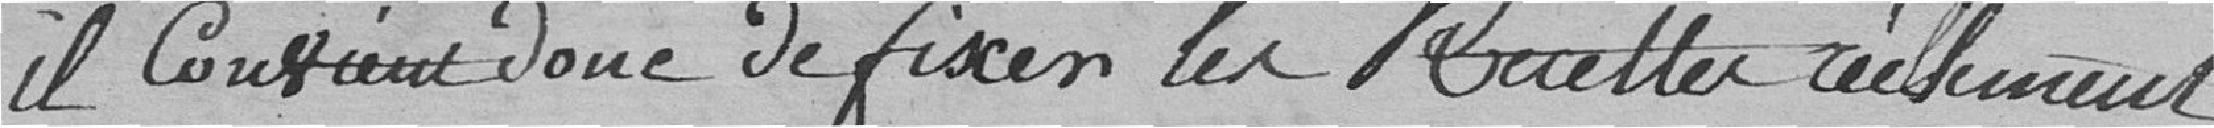
il convient donc de fixer les recettes réellement